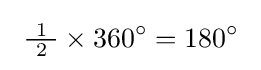
\ {\tfrac {\ 1\ }{2}}\times 360^{\circ }=180^{\circ }~